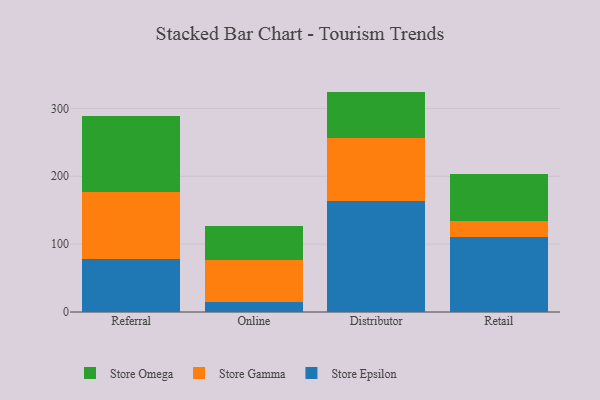
{"axis": {"x": "Channel", "y": "Headcount"}, "legend": ["Store Epsilon", "Store Gamma", "Store Omega"], "data": [{"x": "Referral", "y": 78.6, "type": "Store Epsilon"}, {"x": "Referral", "y": 98.9, "type": "Store Gamma"}, {"x": "Referral", "y": 111.6, "type": "Store Omega"}, {"x": "Online", "y": 15.2, "type": "Store Epsilon"}, {"x": "Online", "y": 62.0, "type": "Store Gamma"}, {"x": "Online", "y": 49.5, "type": "Store Omega"}, {"x": "Distributor", "y": 163.2, "type": "Store Epsilon"}, {"x": "Distributor", "y": 93.6, "type": "Store Gamma"}, {"x": "Distributor", "y": 68.0, "type": "Store Omega"}, {"x": "Retail", "y": 110.8, "type": "Store Epsilon"}, {"x": "Retail", "y": 23.6, "type": "Store Gamma"}, {"x": "Retail", "y": 69.1, "type": "Store Omega"}]}